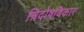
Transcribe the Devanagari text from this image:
त्रिदोषविकार